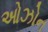
ઓઝોન